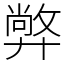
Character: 㢢